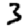
Digit: 3